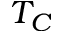
T _ { C }